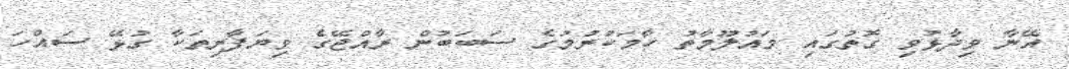
އޭނާ ވިދާޅުވި ގޮތުގައި މައުލޫމާތު ހާމަކުރުމުގެ ސަބަބުން ރާއްޖޭގެ ވިޔަފާރިތަކާ ގުޅޭ ސައްހަ